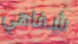
شفاهي